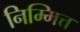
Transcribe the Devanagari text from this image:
निम्मित्त